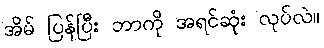
အိမ် ပြန်ပြီး ဘာကို အရင်ဆုံး လုပ်လဲ။